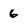
Character: 6